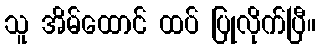
သူ အိမ်ထောင် ထပ် ပြုလိုက်ပြီ။